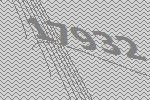
17932